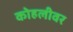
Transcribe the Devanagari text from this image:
कोहलीवर